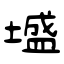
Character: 墭